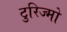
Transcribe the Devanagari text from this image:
टुरिज्मो